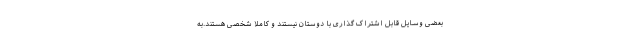
بعضی وسایل قابل اشتراک گذاری با دوستان نیستند و کاملا شخصی هستند.به